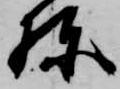
棟